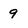
Character: 9